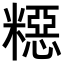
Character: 𥼳